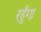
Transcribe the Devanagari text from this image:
रहुँगा